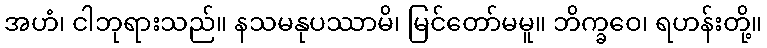
အဟံ၊ ငါဘုရားသည်။ နသမနုပဿာမိ၊ မြင်တော်မမူ။ ဘိက္ခဝေ၊ ရဟန်းတို့။